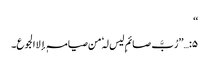
‘‘
۵:…’’رُبَّ صائمٍ لیس لہٗ من صیامہٖ إلا الجوع۔